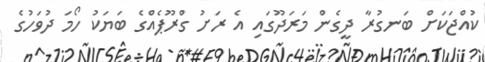
ކުއްޖަކަށް ބަނގުރާ ދީގެން މަރަދޫގައި އެ ރަށު ގްރޫޕެއްގެ ބަޔަކު ހޯމަ ދުވަހުގެ